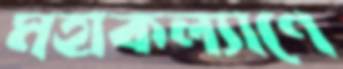
মহাকল্যাণে